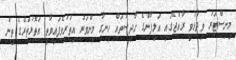
މިނިސްޓަރު ވިދާޅުވީ ރާއްޖޭގައި އަލިފާންގެ ހާދިސާތައް ހިނގާ މިންވަރު އިތުރުވެފައިވާތީ އަތޮޅުތެރޭގެ ތިން